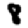
Digit: 8